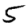
Digit: 5